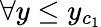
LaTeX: \forall y\le y_{c_{1}}